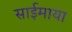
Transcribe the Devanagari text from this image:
साईमाया